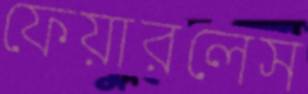
ফেয়ারলেস